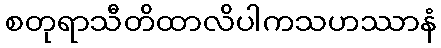
စတုရာသီတိထာလိပါကသဟဿာနံ